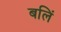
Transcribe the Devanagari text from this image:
बलिं